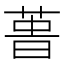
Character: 𰱢